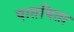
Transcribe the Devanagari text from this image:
पातयिता